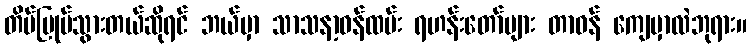
တိမ်မြုပ်သွားတယ်ဆိုရင် ဘယ်မှာ သာသနာ့ဝန်ထမ်း ရဟန်းတော်များ တာဝန် ကျေမှာလဲဘုရား။